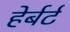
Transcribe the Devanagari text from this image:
हेर्बर्ट